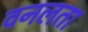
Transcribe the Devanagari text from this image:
वनलता